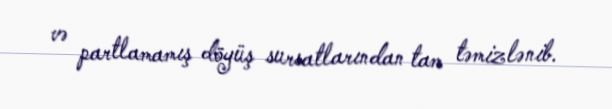
və partlamamış döyüş sursatlarından tam təmizlənib.